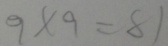
9 \times 9 = 8 1